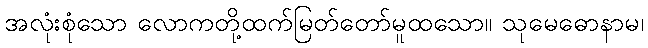
အလုံးစုံသော လောကတို့ထက်မြတ်တော်မူထသော။ သုမေဓောနာမ၊